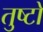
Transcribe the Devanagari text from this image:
तुष्टो